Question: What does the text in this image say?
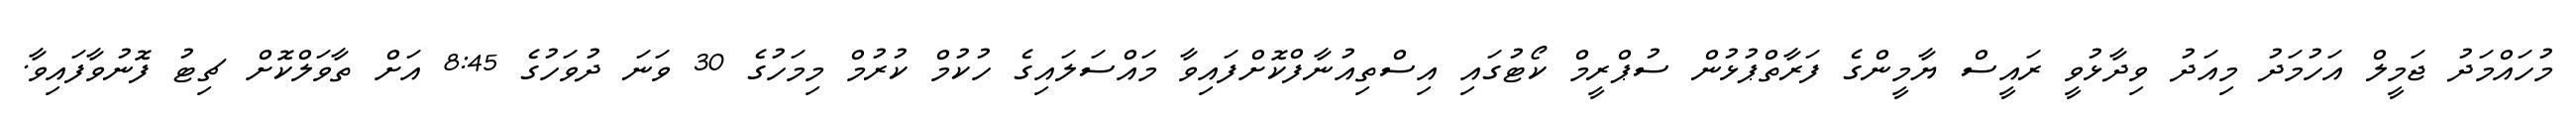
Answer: މުހައްމަދު ޖަމީލް އަހުމަދު މިއަދު ވިދާޅުވީ ރައީސް ޔާމީންގެ ފަރާތްޕުޅުން ސުޕްރީމް ކޯޓުގައި އިސްތިއުނާފްކޮށްފައިވާ މައްސަލައިގެ ހުކުމް ކުރުމް މިމަހުގެ 30 ވަނަ ދުވަހުގެ 8:45 އަށް ތާވަލްކޮށް ޗިޓު ފޮނުވާފައިވާ.